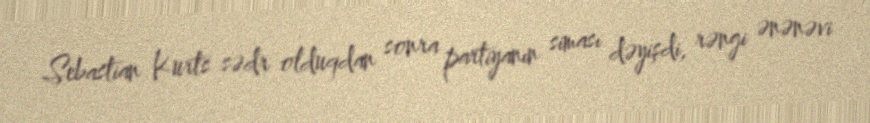
Sebastian Kurts sədr olduqdan sonra partiyanın siması dəyişdi, rəngi ənənəvi